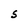
Character: S